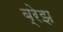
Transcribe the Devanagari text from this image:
ब्रेझ